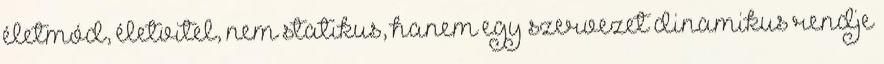
életmód, életvitel, nem statikus, hanem egy szervezet dinamikus rendje